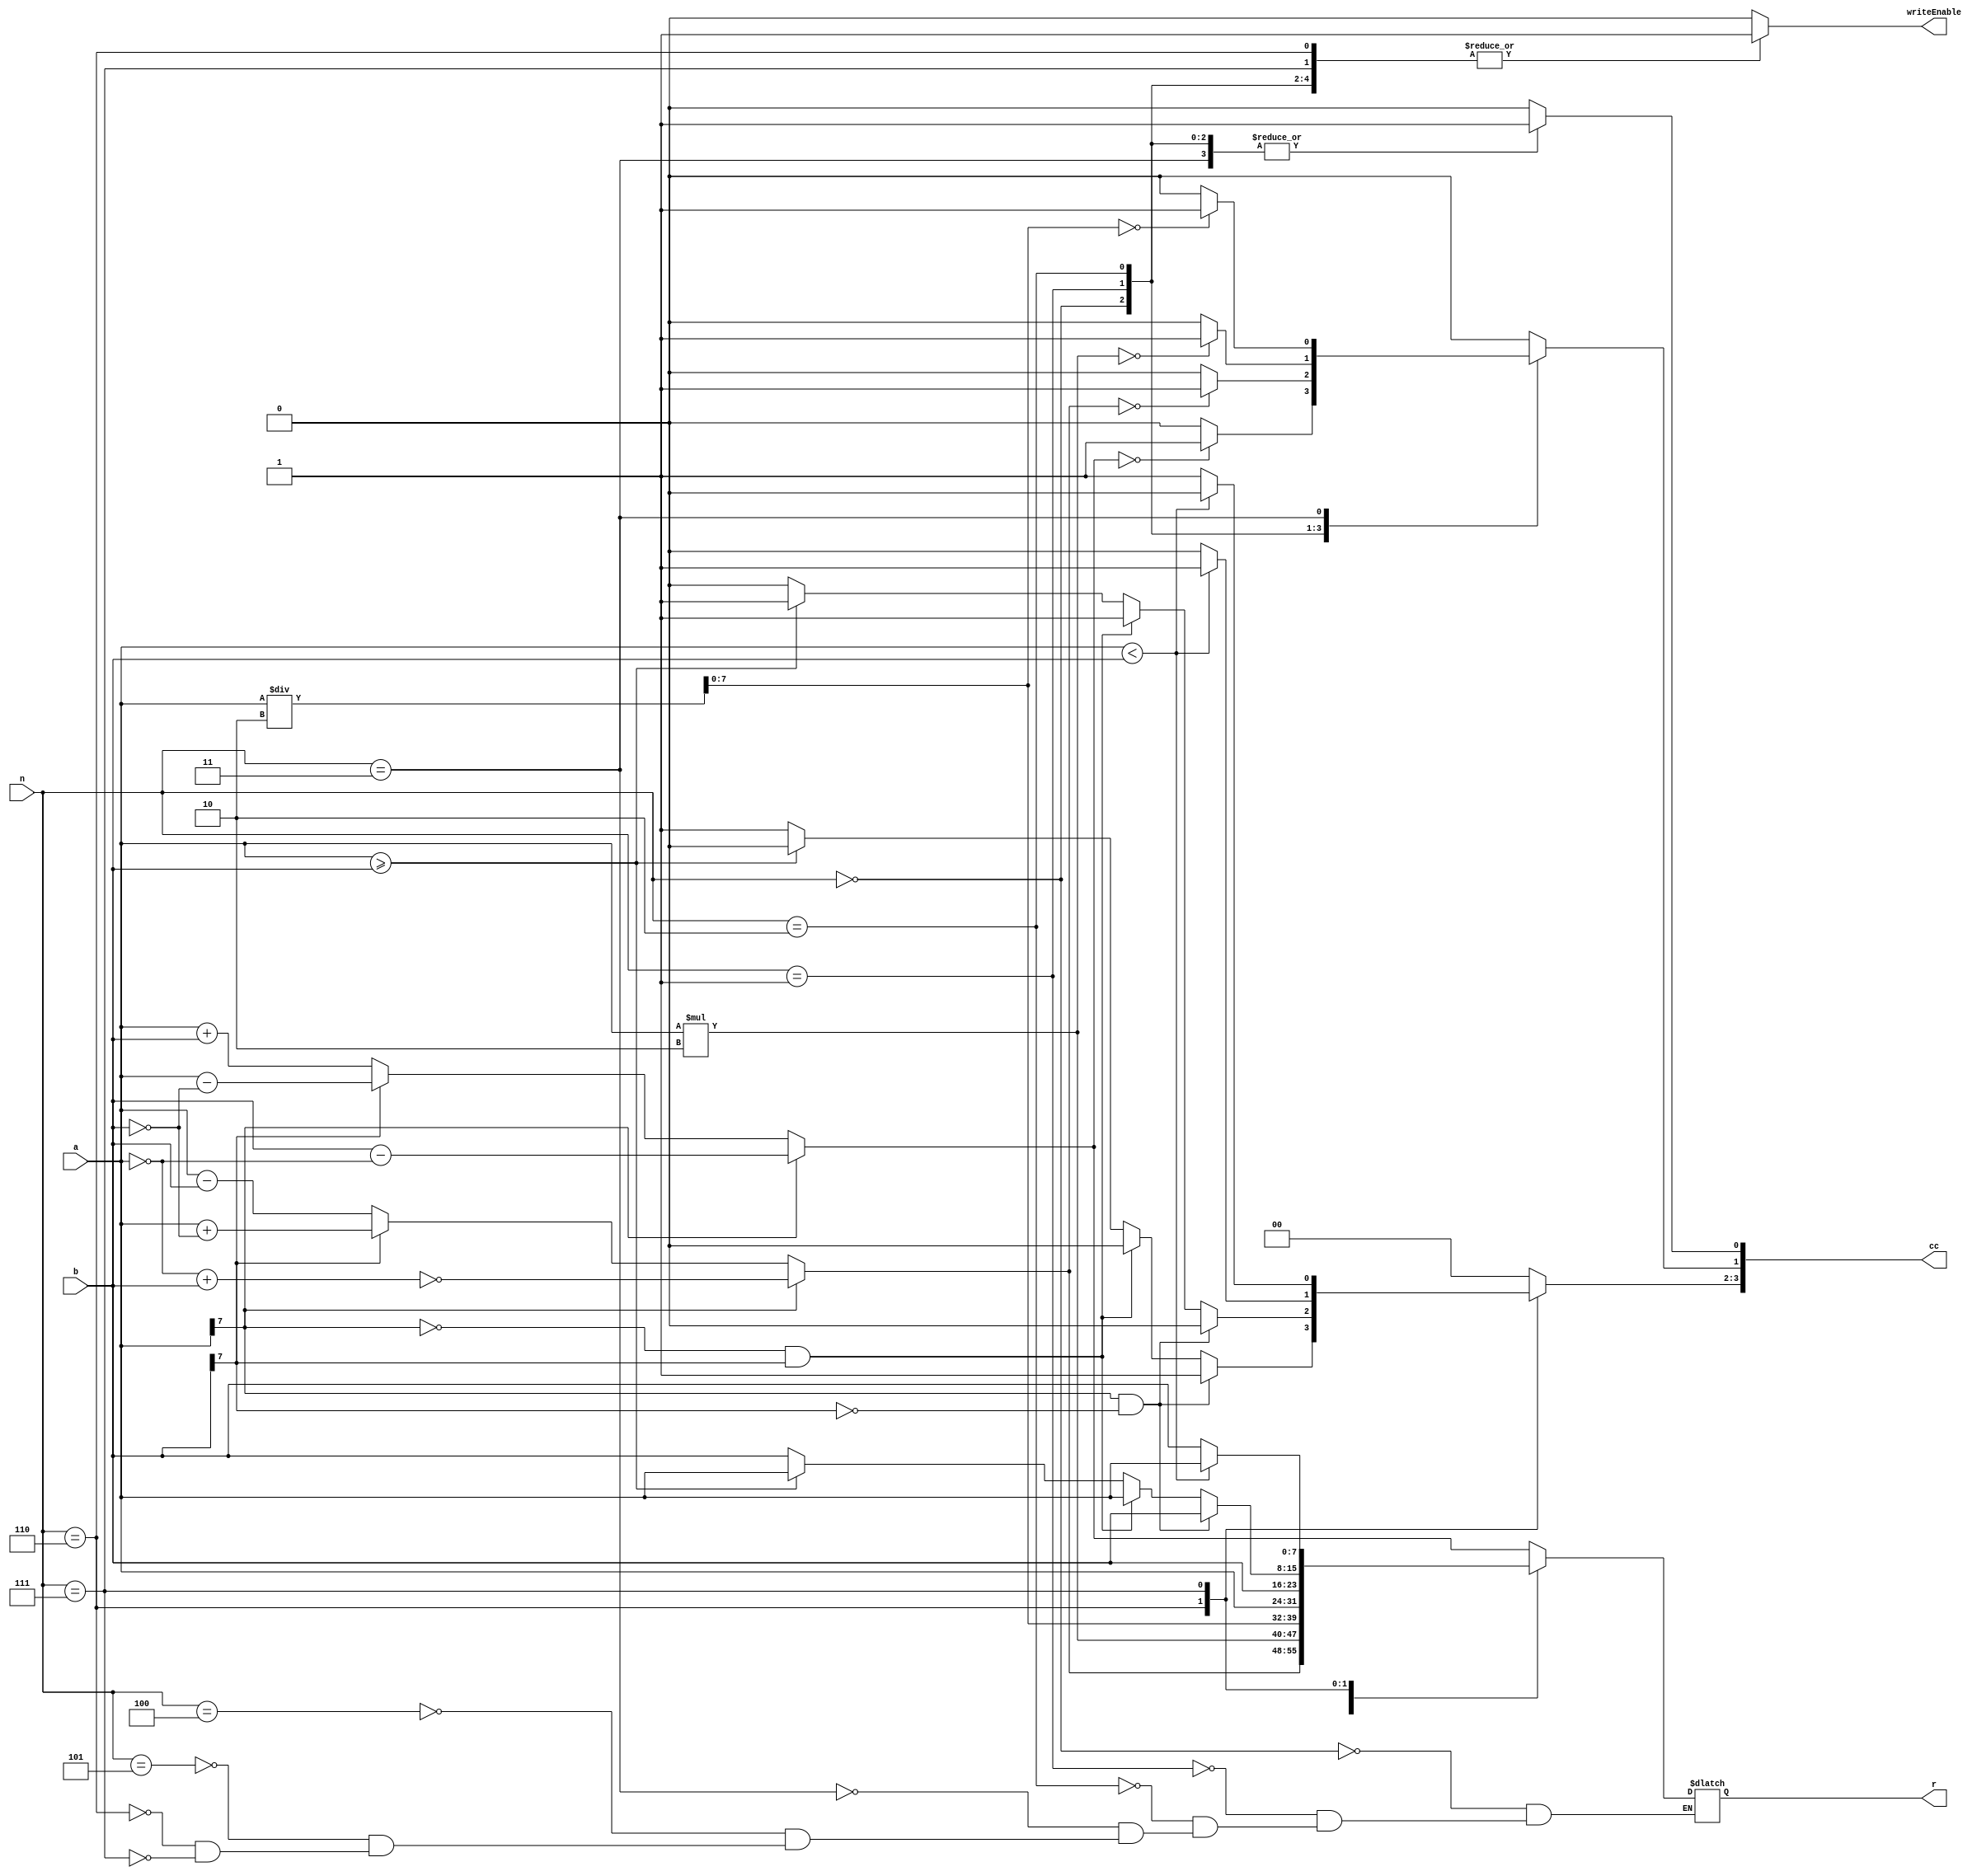
module ALU(a, b, n, cc, r, writeEnable);

	//Inputs
	input [7:0] a;
	input [7:0] b;
	input [3:0] n;

	//Outputs
	output [7:0] r;
	output [3:0] cc;
    output writeEnable;


	//Define I/O
	wire[7:0] a;
	wire[7:0] b;
	wire[3:0] n;

	reg[7:0] r;
	reg[3:0] cc;
    reg writeEnable;
	
    
	//Run on n commands
	always @ (a, b, n) begin
			
			//if(n[2] == 0) begin
			//	r = a;
			//end
			
			//$display("Running ALU.  a = %b,  b = %b,  n = %b", a, b, n);
            
            //Clear CC register and write Enable
            cc = 4'h0;
            writeEnable = 0;
            
            
            //Case through all commands
			case (n)
				0:add;
				1:subtract;
				2:multiplyA;
				3:divideA;
				4:passA;
				5:passB;//$display("101");
					//r = b;
				6:max;
				7:min;
				default:$display("Unknown Command");
			endcase
			
			
			
			
	end
    
    
    //Task: Addition
    task add;
    begin
    
        if(a[7] == 1) begin
            r = b - ~a;
        end 
        else if(b[7] == 1) begin
            r = a - ~b;
        end
        else begin
            r = a + b;
        end
        
        cc[0] = 1;
        if (r == 0)
        begin
            cc[1] = 1;
        end
        
        writeEnable = 1;
        //$display("%b + %b = %b", a, b, r);
    end
    endtask
    
    
    //Task: Subtraction
    task subtract;
    begin
    
        if(a[7] == 1) begin
            r = ~(~a + b);
        end
        else if(b[7] == 1) begin
            r = a + ~b;  
        end else begin
            r = a - b;
        end
        
        cc[0] = 1;
        if (r== 0)
        begin 
            cc[1] = 1;
        end
        
        writeEnable = 1;
        //$display("%b - %b = %b", a, b, r);
    end
    endtask
    
    
    //Task: Multiply A by 2
    task multiplyA;
    begin
        r = a*2;
        
        cc[0] = 1;
        if (r==0)
        begin
            cc[1] = 1;
        end
        
        writeEnable = 1;
        //$display("%b a*2->r %b", a, r);
    end
    endtask

    
    //Task: Divide A by 2
    task divideA;
    begin
        r = a/2;
        
         cc[0] = 1;
         if (r==0)
         begin
            cc[1] = 1;
        end
        
        writeEnable = 1;
        //$display("%b a/2->r %b", a, r);
    end
    endtask

    
    //Task: Pass through B bus
    task passB;
    begin
        r = b;
        
        writeEnable = 1;
        //$display("%b  b=>r  %b", b, r);

    end
    endtask
    
    
    //Task: Pass through bus A
    task passA;
    begin
        r = a;
        
        writeEnable = 1;
        //$display("%b  a=>r  %b", a, r);

    end
    endtask
    
    
    //Task: Max of A and B
    task max;
    begin
        
        if(a[7] == 1 && b[7] != 1) begin
            r = b;
            cc[3] = 1;
        end
        else if(a[7] != 1 && b[7] == 1) begin
            r = a;
            cc[2] = 1;
        end
        else if( a >= b)
        begin
            r = a;
            cc[2] = 1;
        end
        else
        begin 
            r = b;
            cc[3] = 1;
        end
        
        writeEnable = 1;
        //$display("CC = %b", cc);
    end
    endtask
    
    
    //Task: Min of A and B
    task min;
    begin
        if( a < b)
        begin
            r = a;
            cc[3] = 1;
        end
        else
        begin
            r = b;
            cc[2] = 1;
        end
        
        writeEnable = 1;
        //$display("%b , %b  MIN= %b", a, b, r);
    end
    endtask
        

endmodule